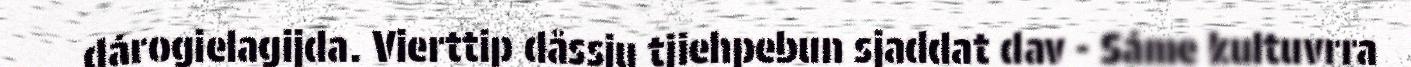
dárogielagijda. Vierttip dåssju tjiehpebun sjaddat dav - Sáme kultuvrra